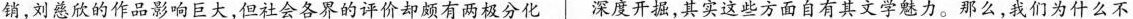
销，刘慈欣的作品影响巨大，但社会各界的计价却还有两极分化 深度开掘，其实些方面自有其文学魅力。那么，我们为什么不